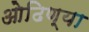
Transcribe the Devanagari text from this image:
ओढिण्या